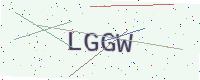
Text: LGGW